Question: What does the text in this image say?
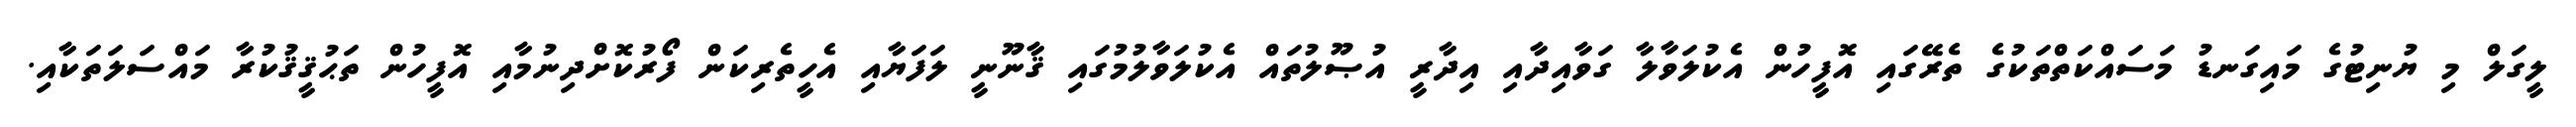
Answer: ލީގަލް މި ޔުނިޓުގެ މައިގަނޑު މަސައްކަތްތަކުގެ ތެރޭގައި އޮފީހުން އެކުލަވާލާ ގަވާއިދާއި އިދާރީ އުޞޫލުތައް އެކުލަވާލުމުގައި ޤާނޫނީ ލަފަޔާއި އެހީތެރިކަން ފޯރުކޮށްދިނުމާއި އޮފީހުން ތަޙުޤީޤުކުރާ މައްސަލަތަކާއި.